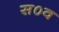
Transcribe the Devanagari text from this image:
स०व